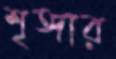
শৃঙ্গার